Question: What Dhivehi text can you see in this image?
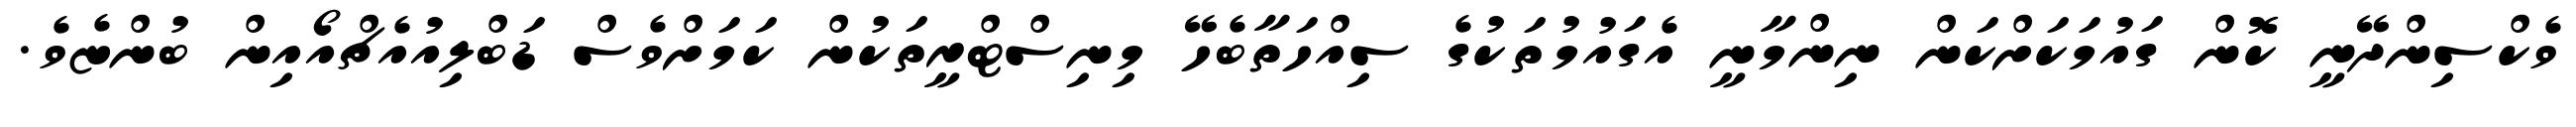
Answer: ވެކްސިންދޭނީ ކޮން ގައުމަކަށްކަން ނިންމާނީ އެގައުމުތަކުގެ ސިއްހަތާބެހޭ މިނިސްޓްރީތަކުން ކަމަށްވެސް ޑަބްލިއުއެޗްއޯއިން ބުންޏެވެ.